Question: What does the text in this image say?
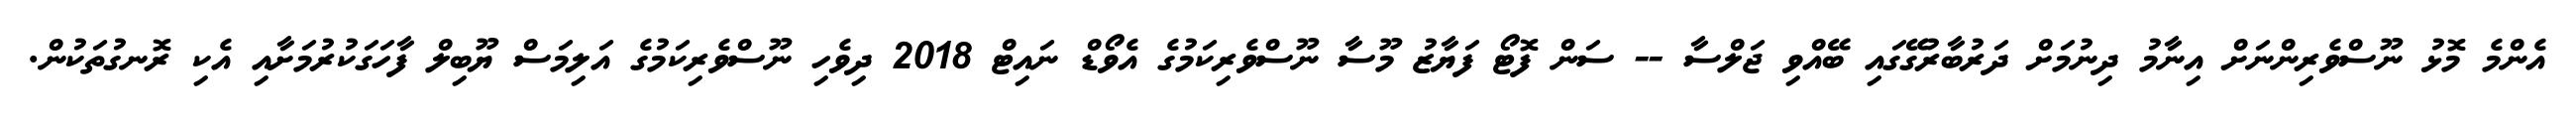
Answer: އެންމެ މޮޅު ނޫސްވެރިންނަށް އިނާމު ދިނުމަށް ދަރުބާރުގޭގައި ބޭއްވި ޖަލްސާ -- ސަން ފޮޓޯ ފަޔާޒު މޫސާ ނޫސްވެރިކަމުގެ އެވޯޑް ނައިޓް 2018 ދިވެހި ނޫސްވެރިކަމުގެ އަލިމަސް ޔޫބިލް ފާހަގަކުރުމަށާއި އެކި ރޮނގުތަކުން.